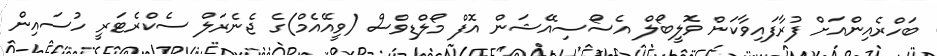
ބަހްރެއިންއަށް ފުރާފައިވާކަން ވޮލީބޯލް އެސޯސިއޭޝަން އޮފް މޯލްޑިވްސް (ވީއޭއެމް)ގެ ޖެނެރަލް ސެކްރެޓަރީ ހުސައިން